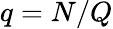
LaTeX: q=N/Q